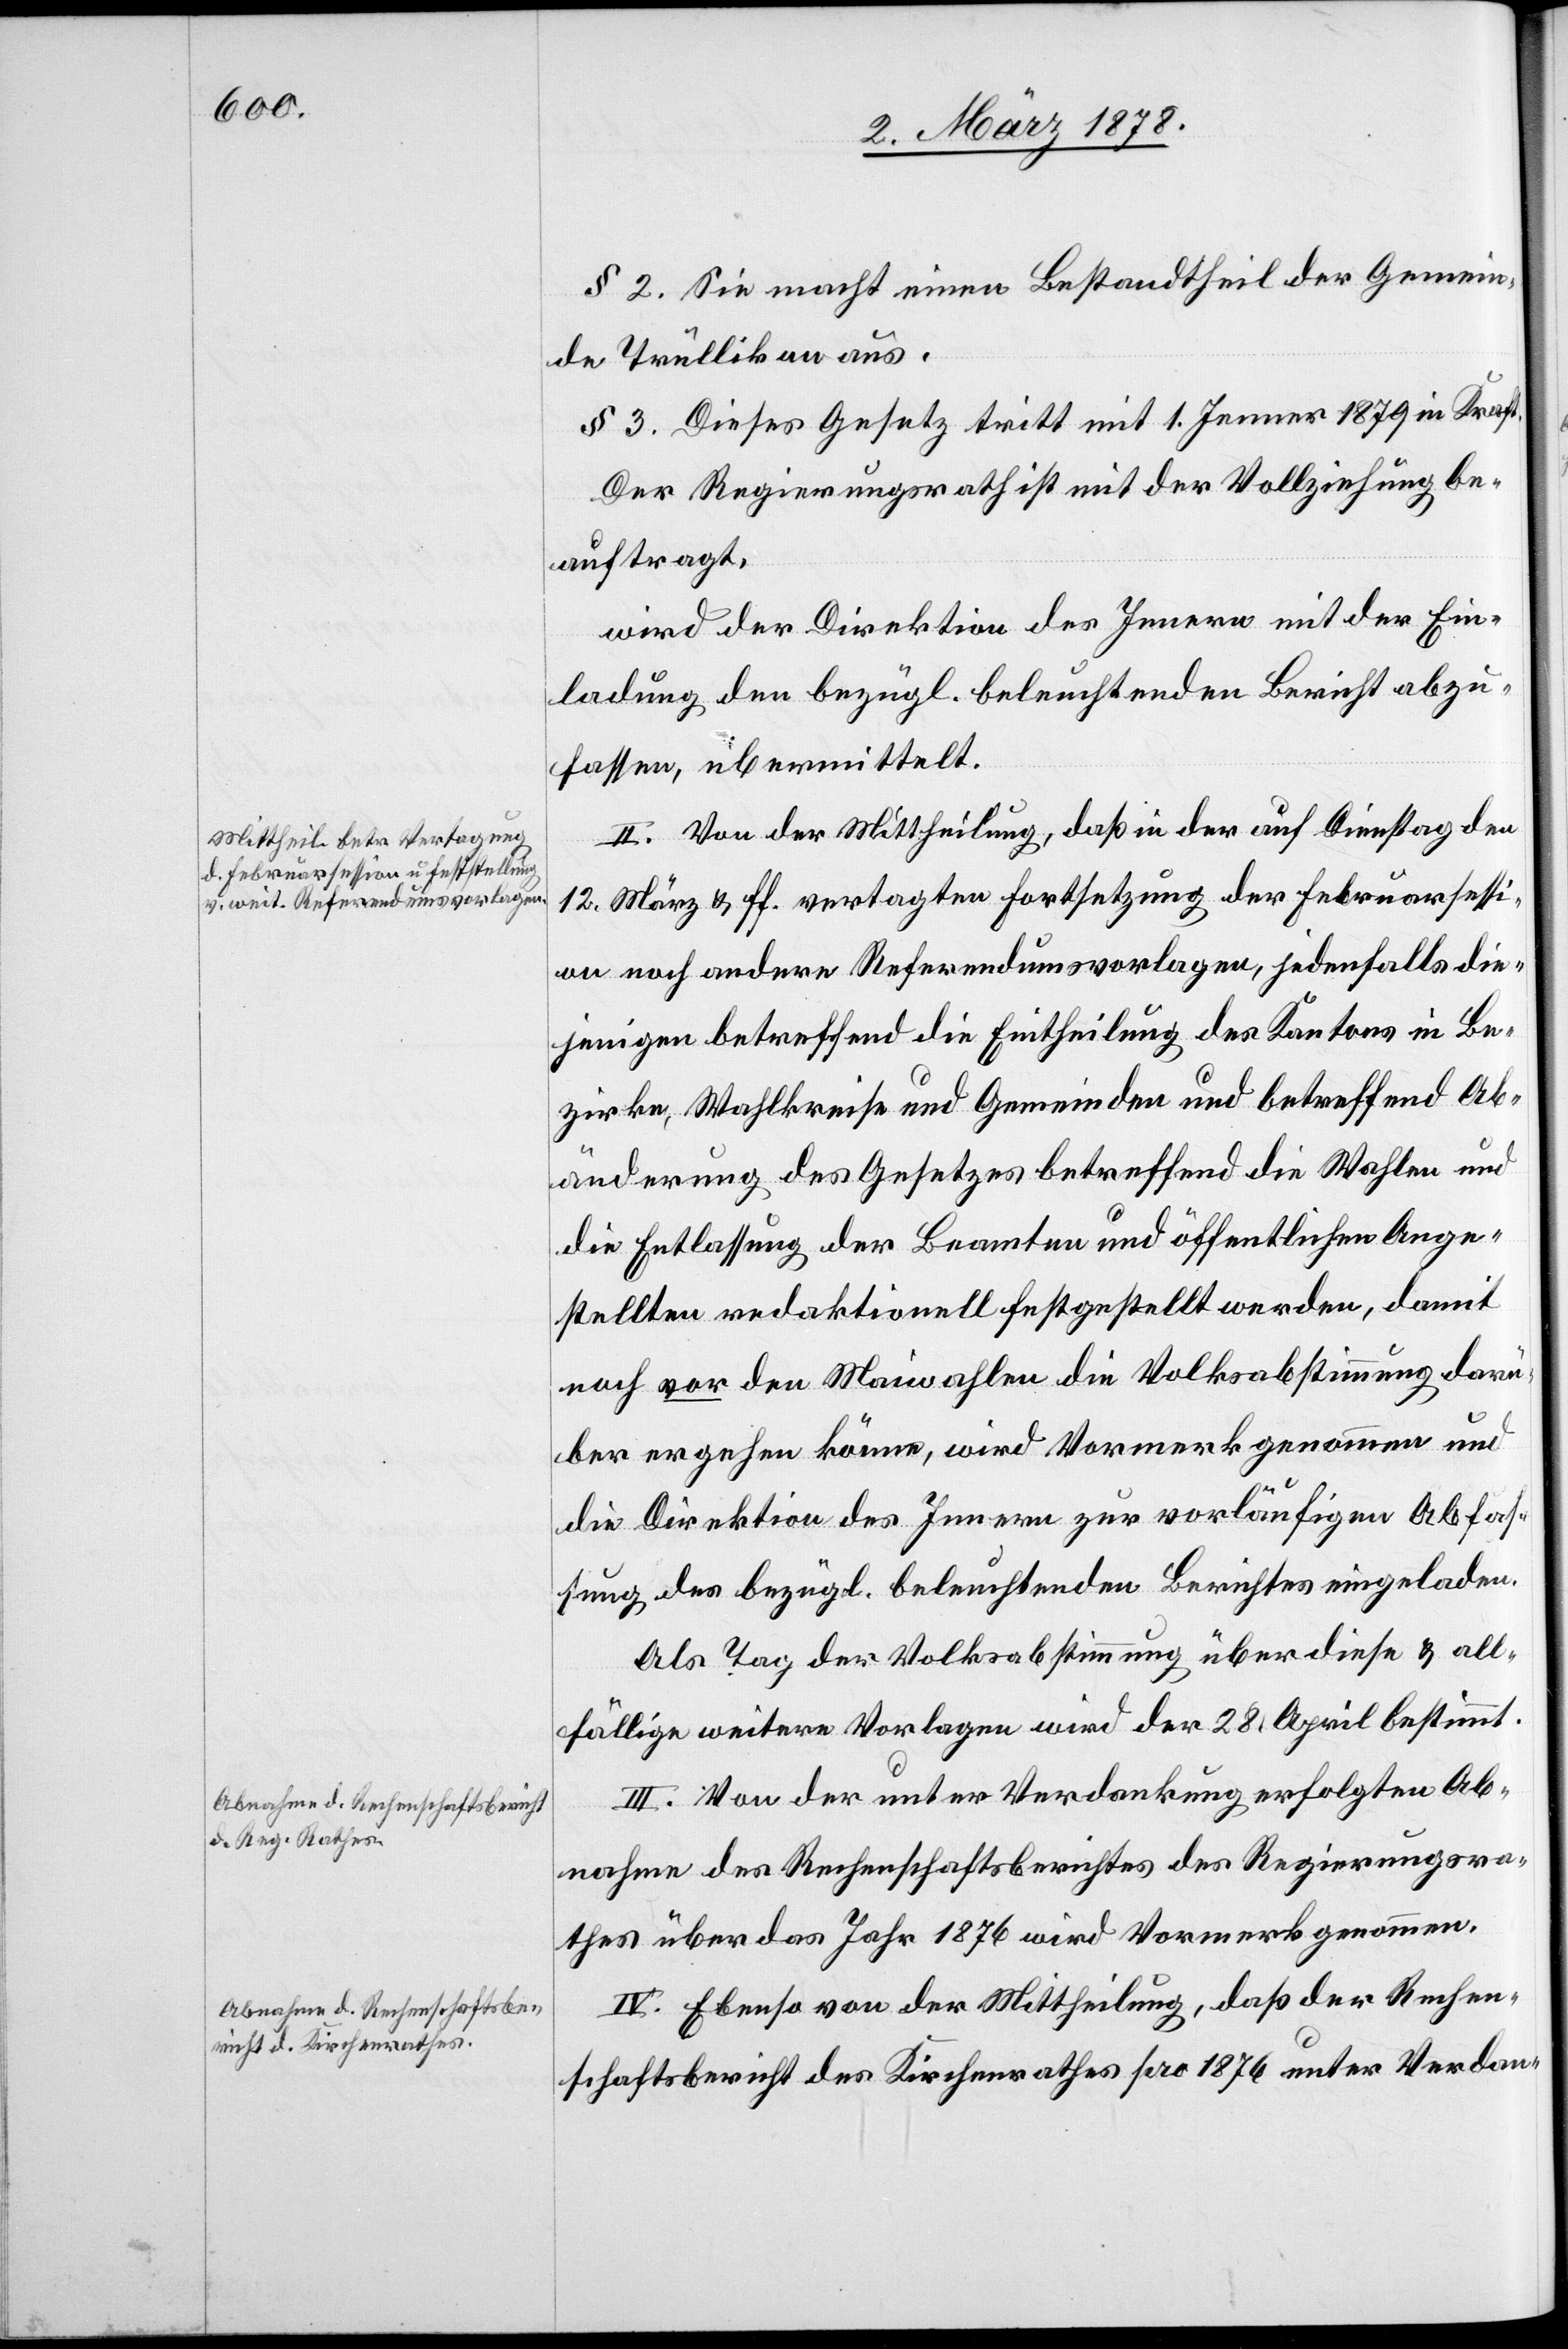
§ 2. Sie macht einen Bestandtheil der Gemein¬
de Trüllikon aus.
§ 3. Dieses Gesetz tritt mit 1. Jenner 1879 in Kraft.
Der Regierungsrath ist mit der Vollziehung be¬
auftragt,
wird der Direktion des Innern mit der Ein¬
ladung den bezügl. beleuchtenden Bericht abzu¬
fassen, übermittelt.
II. Von der Mittheilung, daß in der auf Dienstag den
12. März & ff. vertagten Fortsetzung der Februarsessi¬
on noch andere Referendumsvorlagen, jedenfalls die¬
jenigen betreffend die Eintheilung des Kantons in Be¬
zirke, Wahlkreise und Gemeinden und betreffend Ab¬
änderung des Gesetzes betreffend die Wahlen und
die Entlassung der Beamten und öffentlichen Ange¬
stellten redaktionell festgestellt werden, damit
noch vor den Maiwahlen die Volksabstimmung darü¬
ber ergehen könne, wird Vormerk genommen und
die Direktion des Innern zur vorläufigen Abfas¬
sung des bezügl. beleuchtenden Berichtes eingeladen.
Als Tag der Volksabstimmung über diese & all¬
fällige weitere Vorlagen wird der 28. April bestimmt.
III. Von der unter Verdankung erfolgten Ab¬
nahme des Rechenschaftsberichtes des Regierungsra¬
thes über das Jahr 1876 wird Vormerk genommen.
IV. Ebenso von der Mittheilung, daß der Rechen¬
schaftsbericht des Kirchenrathes pro 1876 unter Verdan-